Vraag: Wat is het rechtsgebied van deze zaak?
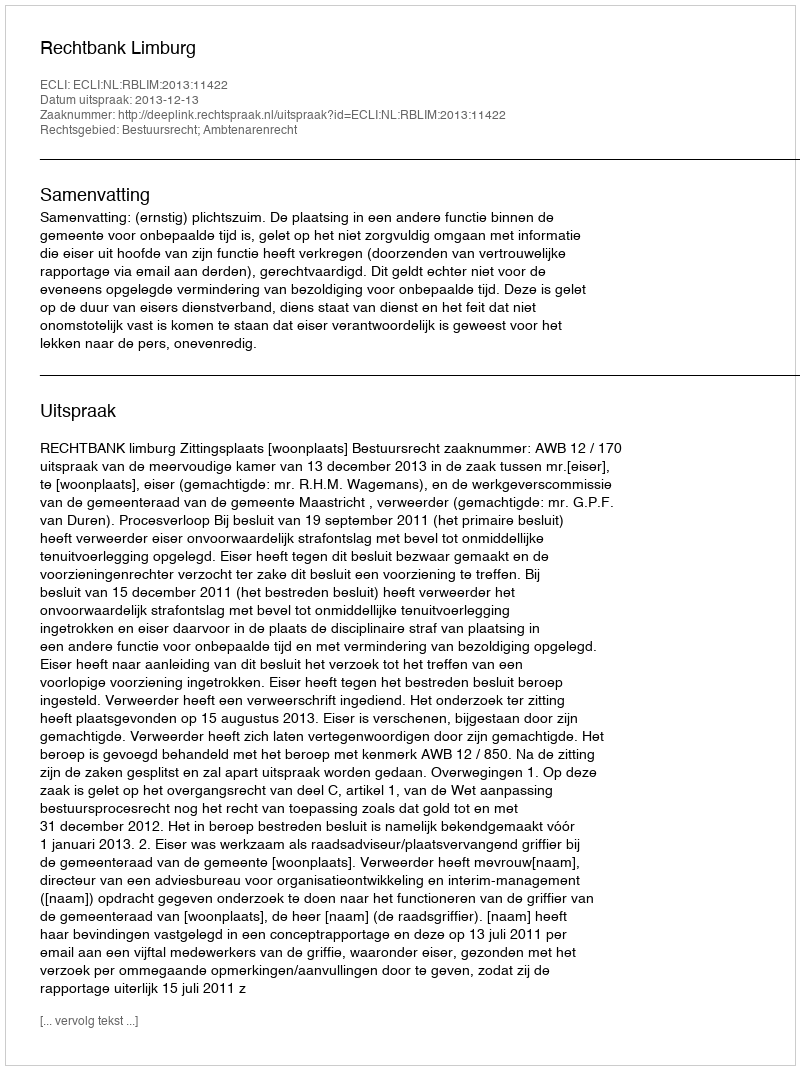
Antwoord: Bestuursrecht; Ambtenarenrecht